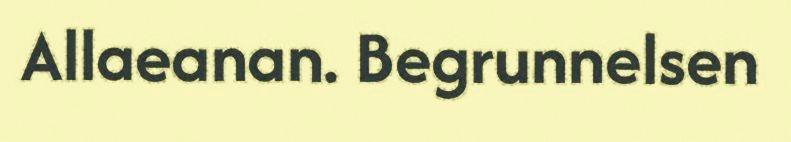
Allaeanan. Begrunnelsen